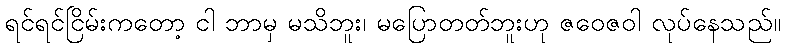
ရင်ရင်ငြိမ်းကတော့ ငါ ဘာမှ မသိဘူး၊ မပြောတတ်ဘူးဟု ဇဝေဇဝါ လုပ်နေသည်။